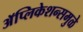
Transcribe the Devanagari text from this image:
अॅप्लिकेशन्समुळे